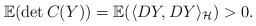
LaTeX: \begin{align*}\mathbb{E}(\det C(Y))=\mathbb{E}(\langle DY, DY \rangle_\mathcal{H})> 0.\end{align*}